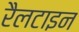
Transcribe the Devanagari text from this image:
रैलटाइन